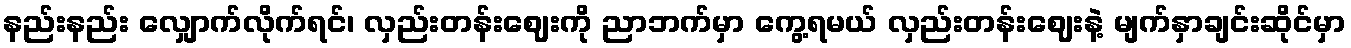
နည်းနည်း လျှောက်လိုက်ရင်၊ လှည်းတန်းဈေးကို ညာဘက်မှာ ကွေ့ရမယ် လှည်းတန်းဈေးနဲ့ မျက်နှာချင်းဆိုင်မှာ